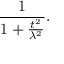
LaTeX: { \frac { 1 } { 1 + { \frac { t ^ { 2 } } { \lambda ^ { 2 } } } } } .